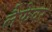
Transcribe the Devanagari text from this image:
लैफेवर